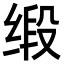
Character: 缎